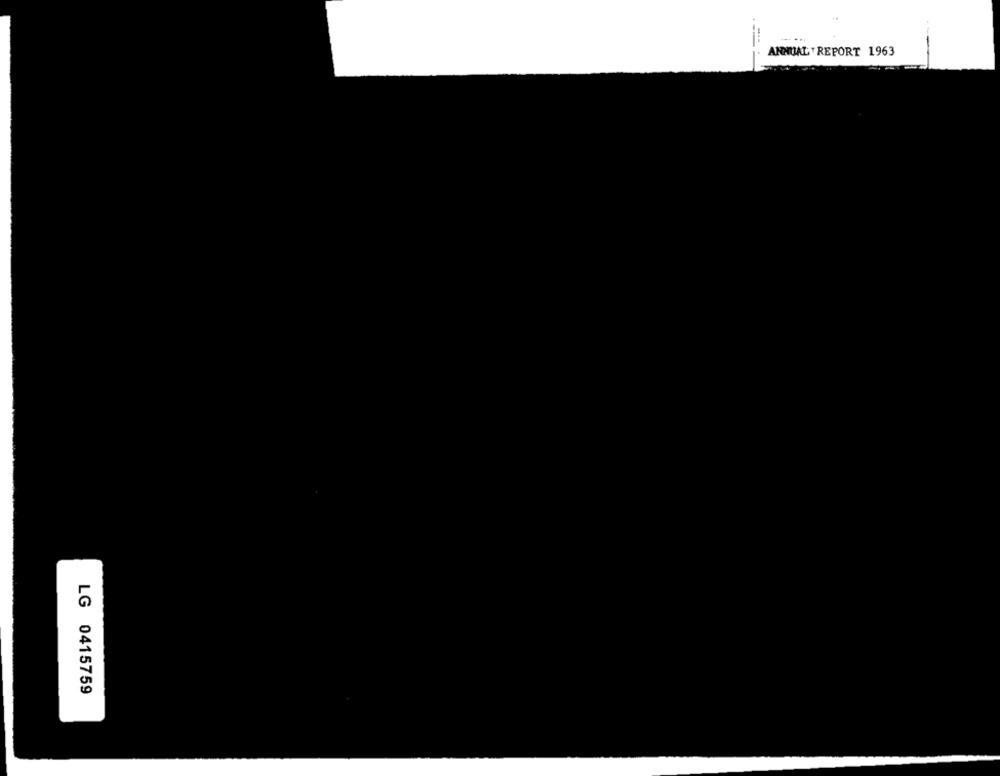
.. ...
ANNUAL REPORT 1963
LG 0415759